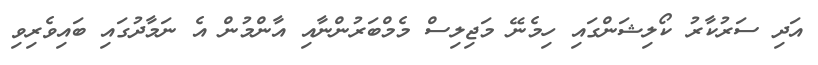
އަދި ސަރުކާރު ކޯލިޝަންގައި ހިމެނޭ މަޖިލިސް މެމްބަރުންނާއި އާންމުން އެ ނަމާދުގައި ބައިވެރިވި